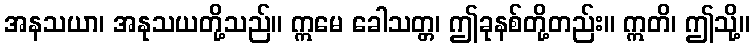
အနသယာ၊ အနုသယတို့သည်။ ဣမေ ခေါသတ္တ၊ ဤခုနစ်တို့တည်း။ ဣတိ၊ ဤသို့။